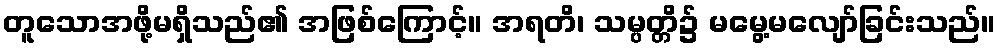
တူသောအဖို့မရှိသည်၏ အဖြစ်ကြောင့်။ အရတိ၊ သမ္ပတ္တိ၌ မမွေ့မလျော်ခြင်းသည်။